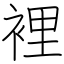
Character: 裡